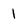
Character: 1